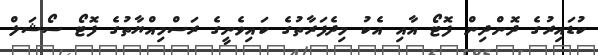
ކުޑައިރުގެ ދޮންދިން ފޮޓޯ އާއި އެކު މިދެފަރާތުގެ ކައިވެނީގެ ރަސްމިއްޔާތުގެ ފޮޓޯ ސޯޝަލް